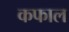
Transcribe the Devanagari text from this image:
कफाल